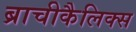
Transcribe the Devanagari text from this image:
ब्राचीकैलिक्स